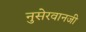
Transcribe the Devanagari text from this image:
नुसेरवानजी